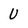
Character: U